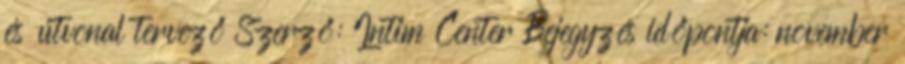
és útvonal tervező Szerző: Intim Center Bejegyzés időpontja: november